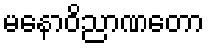
မနောဝိညာဏတော